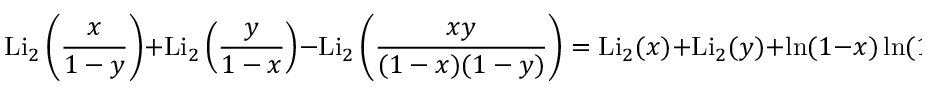
\operatorname { L i } _ { 2 } \left( { \frac { x } { 1 - y } } \right) + \operatorname { L i } _ { 2 } \left( { \frac { y } { 1 - x } } \right) - \operatorname { L i } _ { 2 } \left( { \frac { x y } { ( 1 - x ) ( 1 - y ) } } \right) = \operatorname { L i } _ { 2 } ( x ) + \operatorname { L i } _ { 2 } ( y ) + \ln ( 1 - x ) \ln ( 1 - y )